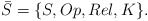
\begin{align*}\bar{S}=\{S,Op, Rel,K\}.\end{align*}